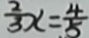
\frac { 2 } { 3 } x = \frac { 4 } { 5 }